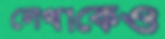
লেখাকেও